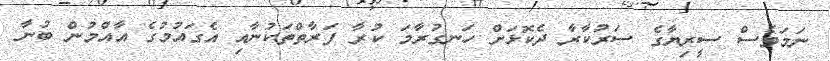
ނަމަވެސް ސީރިޔާގެ ސަރުކާރާ ދެކޮޅަށް ހަނގުރާމަ ކުރާ ފަރާތްތަކުނާއި އެގައުމުގެ އާއްމުން ބުނާ